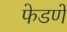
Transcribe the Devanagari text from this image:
फेडणें